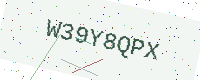
Text: W39Y8QPX